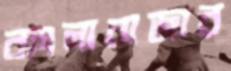
বাংলাবাজার